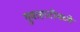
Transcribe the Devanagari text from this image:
गुवाहाटीमध्ये